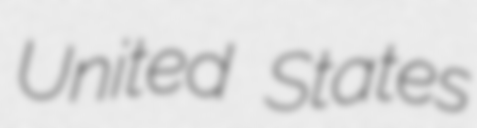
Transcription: United States